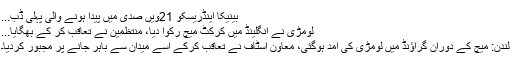
بینیکا اینڈریسکو 21ویں صدی میں پیدا ہونے والی پہلی ڈب...
لومڑی نے انگلینڈ میں کرکٹ میچ رکوا دیا، منتظمین نے تعاقب کر کے بھگایا...
لندن: میچ کے دوران گراؤنڈ میں لومڑی کی آمد ہوگئی، معاون اسٹاف نے تعاقب کرکے اسے میدان سے باہر جانے پر مجبور کردیا۔